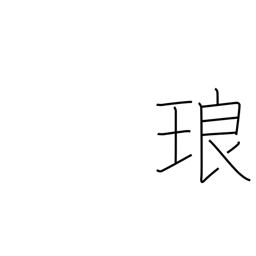
Meaning: a precious stone